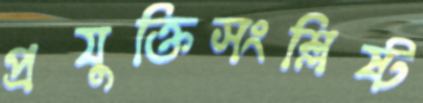
প্রযুক্তিসংশ্লিষ্ট